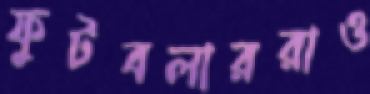
ফুটবলাররাও